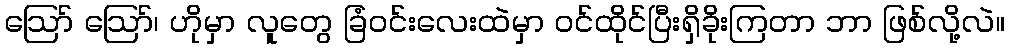
ဪ ဪ၊ ဟိုမှာ လူတွေ ခြံဝင်းလေးထဲမှာ ဝင်ထိုင်ပြီးရှိခိုးကြတာ ဘာ ဖြစ်လို့လဲ။